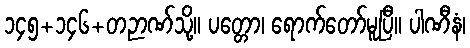
၁၄၅+၁၄၆+တဉာဏ်သို့။ ပတ္တော၊ ရောက်တော်မူပြီ။ ပါဏီနံ၊